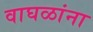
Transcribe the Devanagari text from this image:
वाघळांना